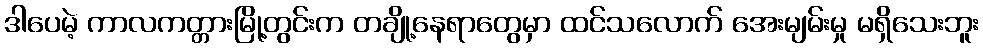
ဒါပေမဲ့ ကာလကတ္တားမြို့တွင်းက တချို့နေရာတွေမှာ ထင်သလောက် အေးမျမ်းမှု မရှိသေးဘူး